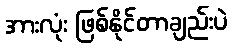
အားလုံး ဖြစ်နိုင်တာချည်းပဲ